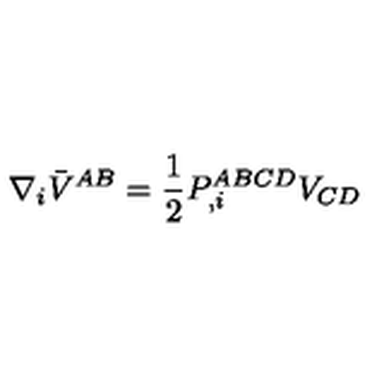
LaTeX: \nabla _ { i } \bar { V } ^ { A B } = { \frac { 1 } { 2 } } P _ { , i } ^ { A B C D } V _ { C D }